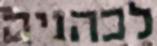
לכהניה